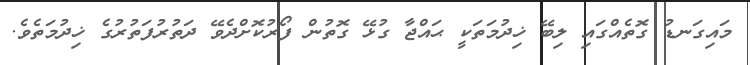
މައިގަނޑު ގޮތެއްގައި ލިބޭ ޚިދުމަތަކީ ޙައްޖާ ގުޅޭ ގޮތުން ފޯރުކޮށްދެވޭ ދަތުރުފަތުރުގެ ޚިދުމަތެވެ.